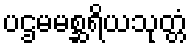
ပဌမမစ္ဆရိယသုတ္တံ